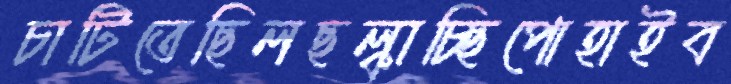
চাটিতেছিলছল্‌কাচ্ছিপোহাইব